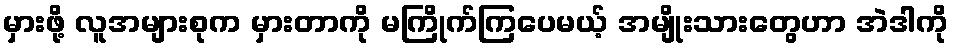
မှားဖို့ လူအများစုက မှားတာကို မကြိုက်ကြပေမယ့် အမျိုးသားတွေဟာ အဲဒါကို